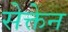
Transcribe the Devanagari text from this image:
सेक्तेन